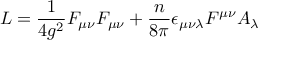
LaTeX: L = \frac { 1 } { 4 g ^ { 2 } } F _ { \mu \nu } F _ { \mu \nu } + \frac { n } { 8 \pi } \epsilon _ { \mu \nu \lambda } F ^ { \mu \nu } A _ { \lambda }